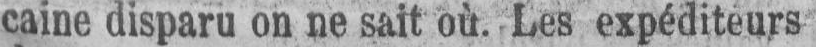
caine disparu on ne sait où. Les expéditeurs